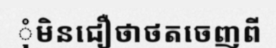
ុំមិនជឿថាថតចេញពី